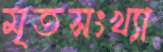
মৃতসংখ্যা